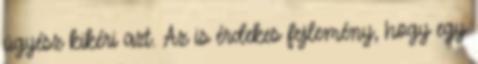
ügyész kikéri azt. Az is érdekes fejlemény, hogy egy